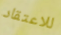
للاعتقاد